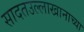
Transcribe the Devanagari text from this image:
सादतउल्लाखानाच्या